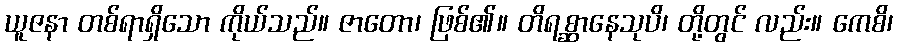
ယူဇနာ တစ်ရာရှိသော ကိုယ်သည်။ ဇာတော၊ ဖြစ်၏။ တိရစ္ဆာနေသုပိ၊ တို့တွင် လည်း။ ကေစိ၊